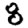
Digit: 8